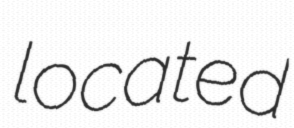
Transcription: located